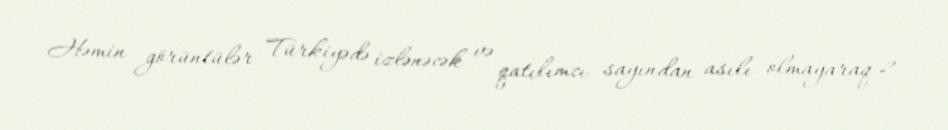
Həmin görüntülər Türkiyədə izlənəcək və qatılımcı sayından asılı olmayaraq 2